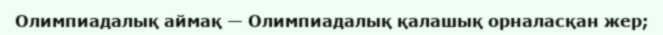
Олимпиадалық аймақ — Олимпиадалық қалашық орналасқан жер;